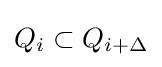
Q_{i}\subset Q_{i+\Delta }